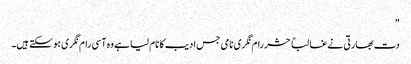
"
دت بھارتی نے غالباً حشر رام نگری نامی جس ادیب کا نام لیا ہے وہ آسی رام نگری ہو سکتے ہیں۔